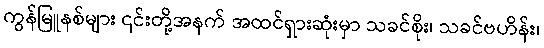
ကွန်မြူနစ်များ ၎င်းတို့အနက် အထင်ရှားဆုံးမှာ သခင်စိုး၊ သခင်ဗဟိန်း၊